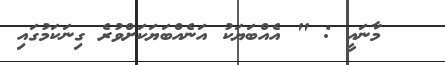
މާނައީ : " އެއްބަޔަކު އަނެއްބަޔަކަށްވުރެ ގިނަކަމުގައި